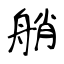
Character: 艄